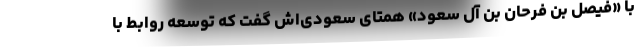
با «فیصل بن فرحان بن آل سعود» همتای سعودی‌اش گفت که توسعه روابط با